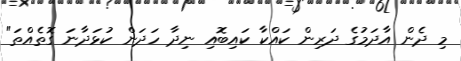
މި ދެން އާދަމުގެ ދަރިން ކައްކާ ކައިބޮއި ނިދާ ހަދަން ކުޅަދާނަ ގޮތެއްތަ"